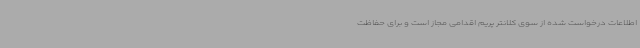
اطلاعات درخواست شده از سوی کلانتر پریم اقدامی مجاز است و برای حفاظت